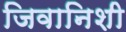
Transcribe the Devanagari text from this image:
जिवानिशी